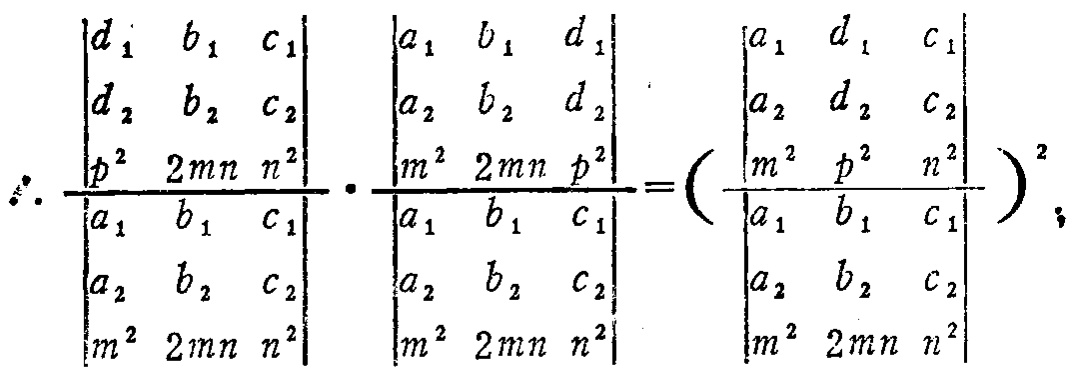
\[\therefore \frac{\begin{vmatrix}

d_1 & b_1 & c_1\\

d_2 & b_2 & c_2\\

p^2 & 2mn & n^2

\end{vmatrix}}{\begin{vmatrix}

a_1 & b_1 & c_1\\

a_2 & b_2 & c_2\\

m^2 & 2mn & n^2

\end{vmatrix}}\cdot\frac{\begin{vmatrix}

a_1 & b_1 & d_1\\

a_2 & b_2 & d_2\\

m^2 & 2mn & p^2

\end{vmatrix}}{\begin{vmatrix}

a_1 & b_1 & c_1\\

a_2 & b_2 & c_2\\

m^2 & 2mn & n^2

\end{vmatrix}} = \left(\frac{\begin{vmatrix}

a_1 & d_1 & c_1\\

a_2 & d_2 & c_2\\

m^2 & p^2 & n^2

\end{vmatrix}}{\begin{vmatrix}

a_1 & b_1 & c_1\\

a_2 & b_2 & c_2\\

m^2 & 2mn & n^2

\end{vmatrix}}\right)^2;\]